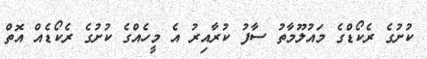
ކުށުގެ ރެކޯޑްގެ މައުލޫމާތު ސާފު ކުރާއިރު އެ މީހެއްގެ ކުށުގެ ރެކޯޑެއް އޮތް